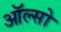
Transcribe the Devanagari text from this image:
ऑल्सो